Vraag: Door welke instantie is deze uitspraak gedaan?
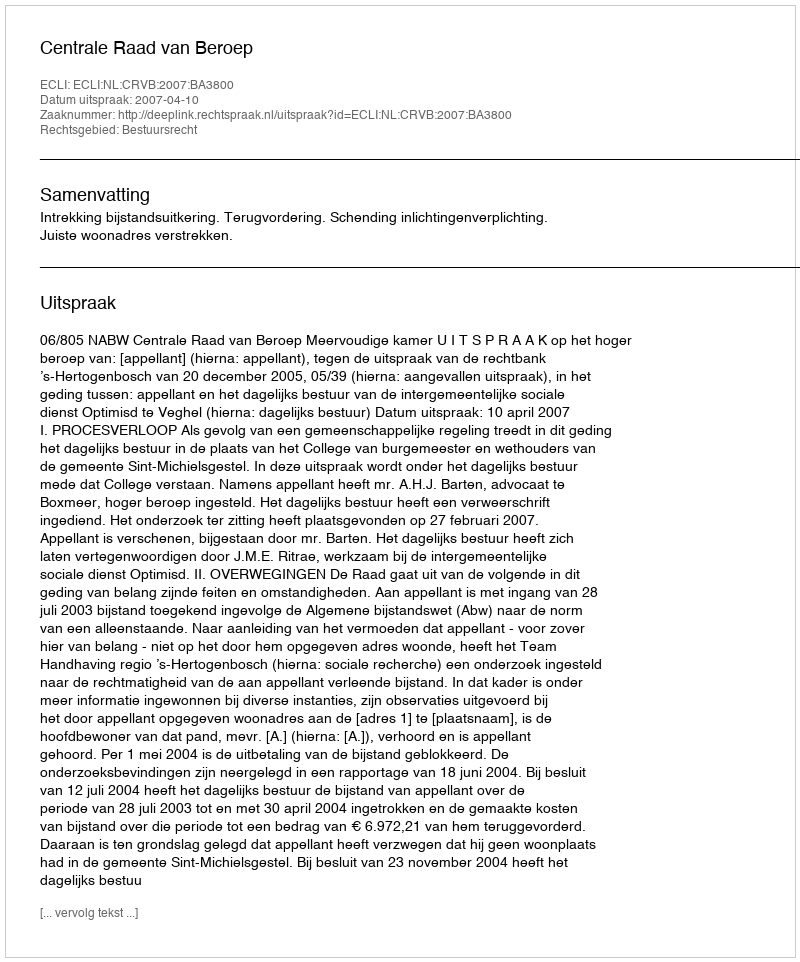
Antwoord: Centrale Raad van Beroep